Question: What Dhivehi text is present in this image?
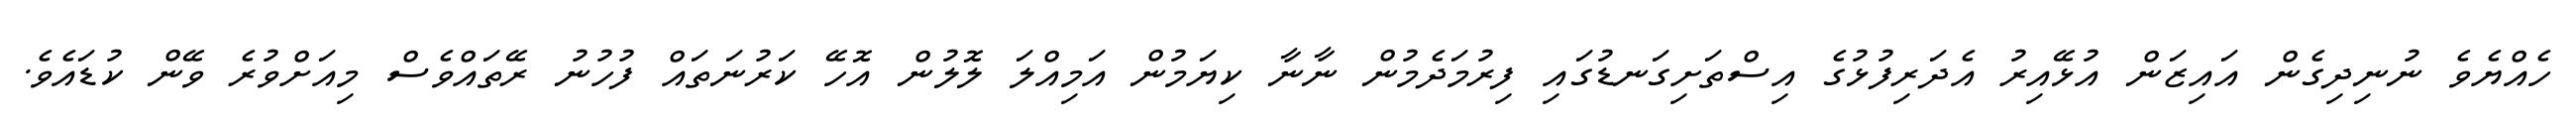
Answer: ހެއްޔެވެ ނުނިދިގެން އައިޒަން އުޅޭއިރު އެދަރިފުޅުގެ އިސްތަށިގަނޑުގައި ފިރުމަދެމުން ނާނާ ކިޔަމުން އަމިއްލަ ލޮލުން އޮހޭ ކަރުނަތައް ފުހުނު ރޭތައްވެސް މިއަށްވުރެ ވޭން ކުޑައެވެ.